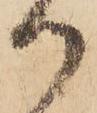
御